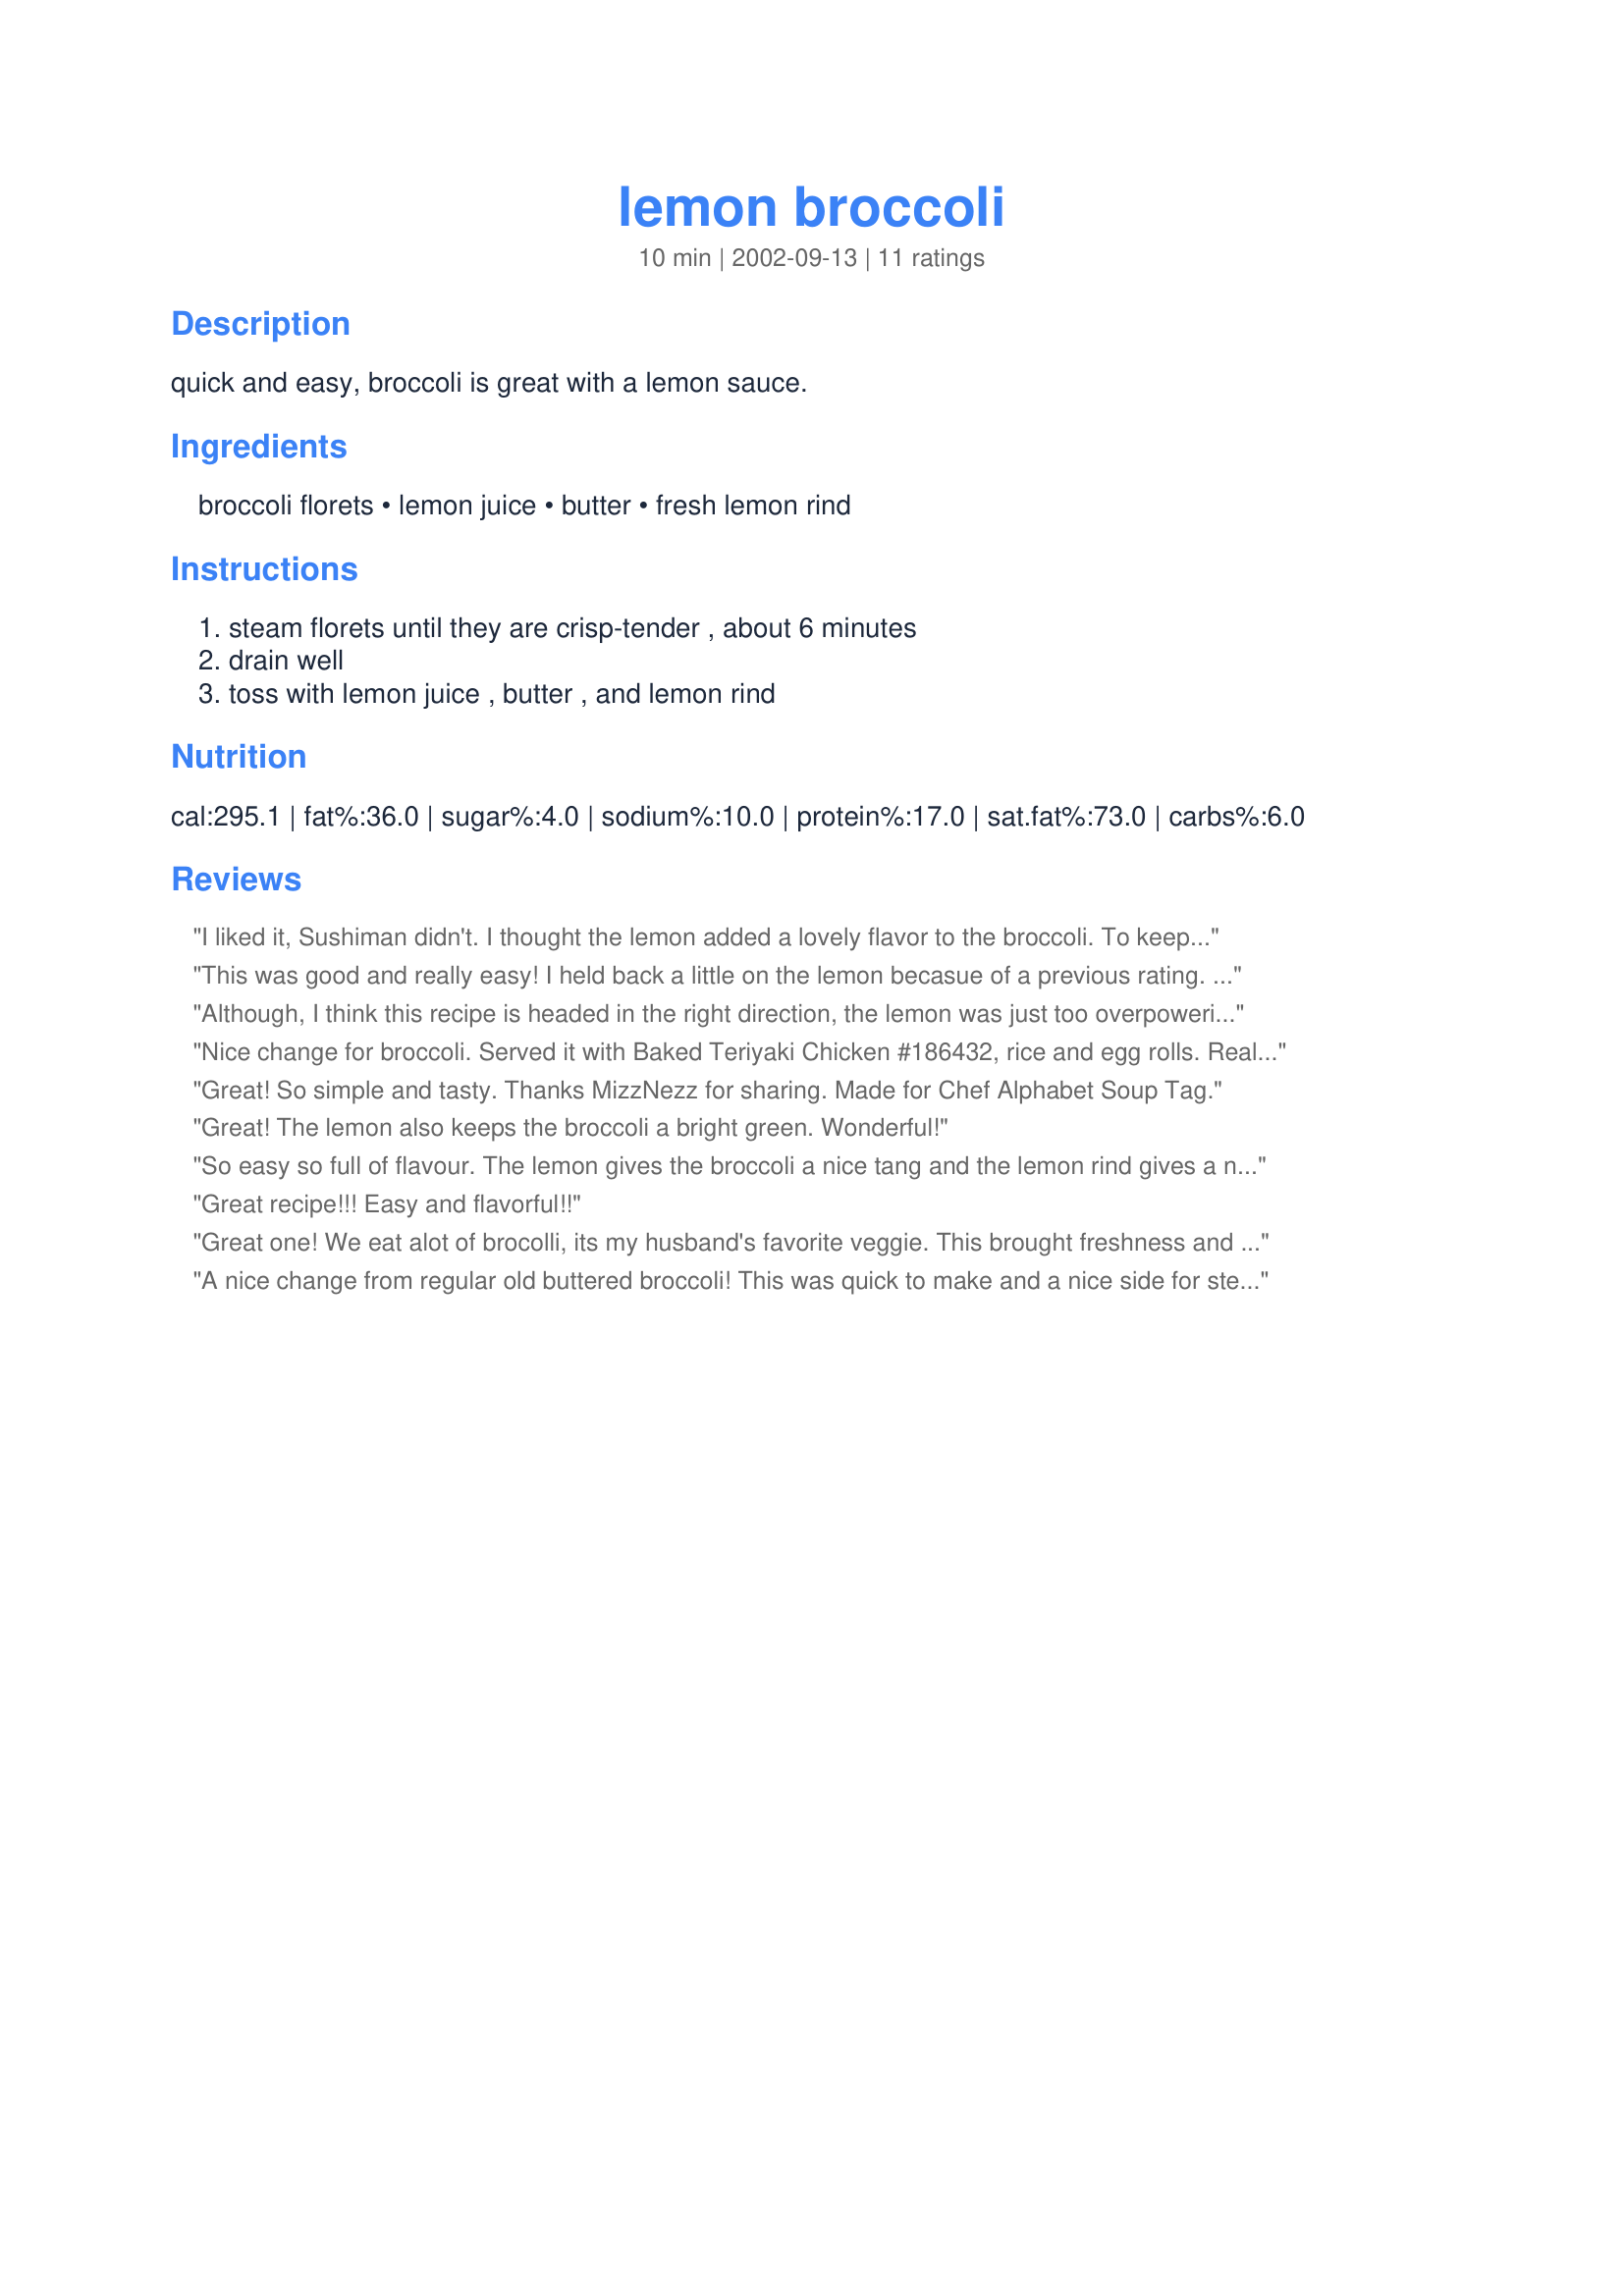
lemon broccoli
Preparation time: 10 minutes

quick and easy, broccoli is great with a lemon sauce.

Ingredients:
broccoli florets, lemon juice, butter, fresh lemon rind

Steps:
steam florets until they are crisp-tender , about 6 minutes, drain well, toss with lemon juice , butter , and lemon rind

Reviews:
I liked it, Sushiman didn't. I thought the lemon added a lovely flavor to the broccoli. To keep it non-dairy I used olive oil instead of the butter. I will make this again, just when Sushiman's not around. Excellent, BTW, for low carbers.
This was good and really easy! I held back a little on the lemon becasue of a previous rating. Next time I will add it all beacuse I think it needed it. Thanks for the wonderful recipe!
Although, I think this recipe is headed in the right direction, the lemon was just too overpowering for the amount of broccoli.
Nice change for broccoli. Served it with Baked Teriyaki Chicken #186432, rice and egg rolls. Really good. this has endless possibilities for go-withs.
Great! So simple and tasty. Thanks MizzNezz for sharing. Made for Chef Alphabet Soup Tag.
Great! The lemon also keeps the broccoli a bright green. Wonderful!
So easy so full of flavour.
The lemon gives the broccoli a nice tang and the lemon rind gives a nice colour combination.
Great recipe!!! Easy and flavorful!!
Great one! We eat alot of brocolli, its my husband's favorite veggie. This brought freshness and delight to the whole thing! Thanks bunches.
A nice change from regular old buttered broccoli! This was quick to make and a nice side for steak and twice baked potatoes. I added a bit of pepper to mine as well.
A nice simple way of preparing broccoli. The whole family enjoyed this. Thanks Inez!
